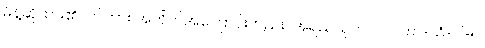
မိန့်ဆိုထား၏။ ဤကား အတိတ်အကြောင်းတည်း။ အရညသုတ်၊ သဂါထာ-သံ-ပါ-၅၊